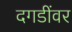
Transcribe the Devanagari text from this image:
दगडींवर